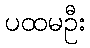
ပထမဦး